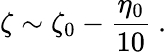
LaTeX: \zeta\sim\zeta_{0}-\frac{\eta_{0}}{10}\ .